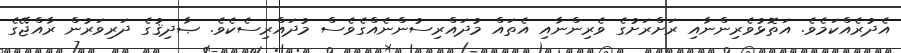
އެދުރެއްކަމެވެ. އަތޮޅުވެރިންނާއި ރަށްރަށުގެ ވެރިންނާއި އެތައް މުދައްރިސުންނެއްގެވެސް މުދައްރިސެކެވެ. ޞާދިޤުގެ ދަރިވަރުން ރާއްޖޭގެ